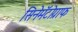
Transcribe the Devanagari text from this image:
सिनेमॅटोग्राफ